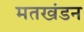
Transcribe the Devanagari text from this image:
मतखंडन